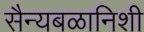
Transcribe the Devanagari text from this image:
सैन्यबळानिशी